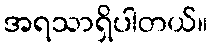
အရသာရှိပါတယ်။